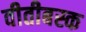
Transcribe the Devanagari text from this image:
वीतीबस्क